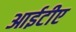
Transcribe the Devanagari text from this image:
आईटीए